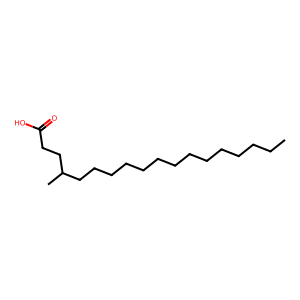
SMILES: CCCCCCCCCCCCCCC(C)CCC(=O)O
Inhibits HIV replication: No